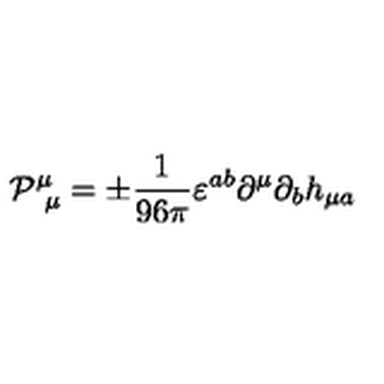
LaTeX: \mathcal { P } _ { \ \mu } ^ { \mu } = \pm \frac { 1 } { 9 6 \pi } \varepsilon ^ { a b } \partial ^ { \mu } \partial _ { b } h _ { \mu a }